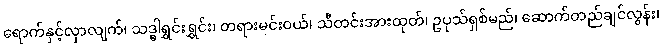
ရောက်နှင့်လှာလျက်၊ သဒ္ဓါရွှင်းရွှင်း၊ တရားမင်းဝယ်၊ သီတင်းအားထုတ်၊ ဥပုသ်ရှစ်မည်၊ ဆောက်တည်ချင်လွန်း၊